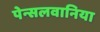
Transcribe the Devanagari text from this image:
पेन्सलवानिया